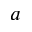
a